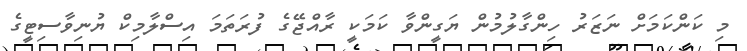
މި ކަންކަމަށް ނަޒަރު ހިންގާލުމުން ޔަގީންވާ ކަމަކީ ރާއްޖޭގެ ފުރަތަމަ އިސްލާމިކް ޔުނިވާސިޓީގެ